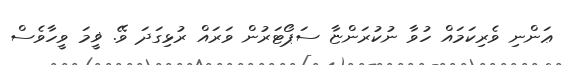
ޢަންނި ވެރިކަމައް ހުވާ ނުކުރަންޏާ ސަޕޯޓަރުން ވަރައް ރުޅިގަދަ ވޭ. ޥީމަ ވީހާވެސް